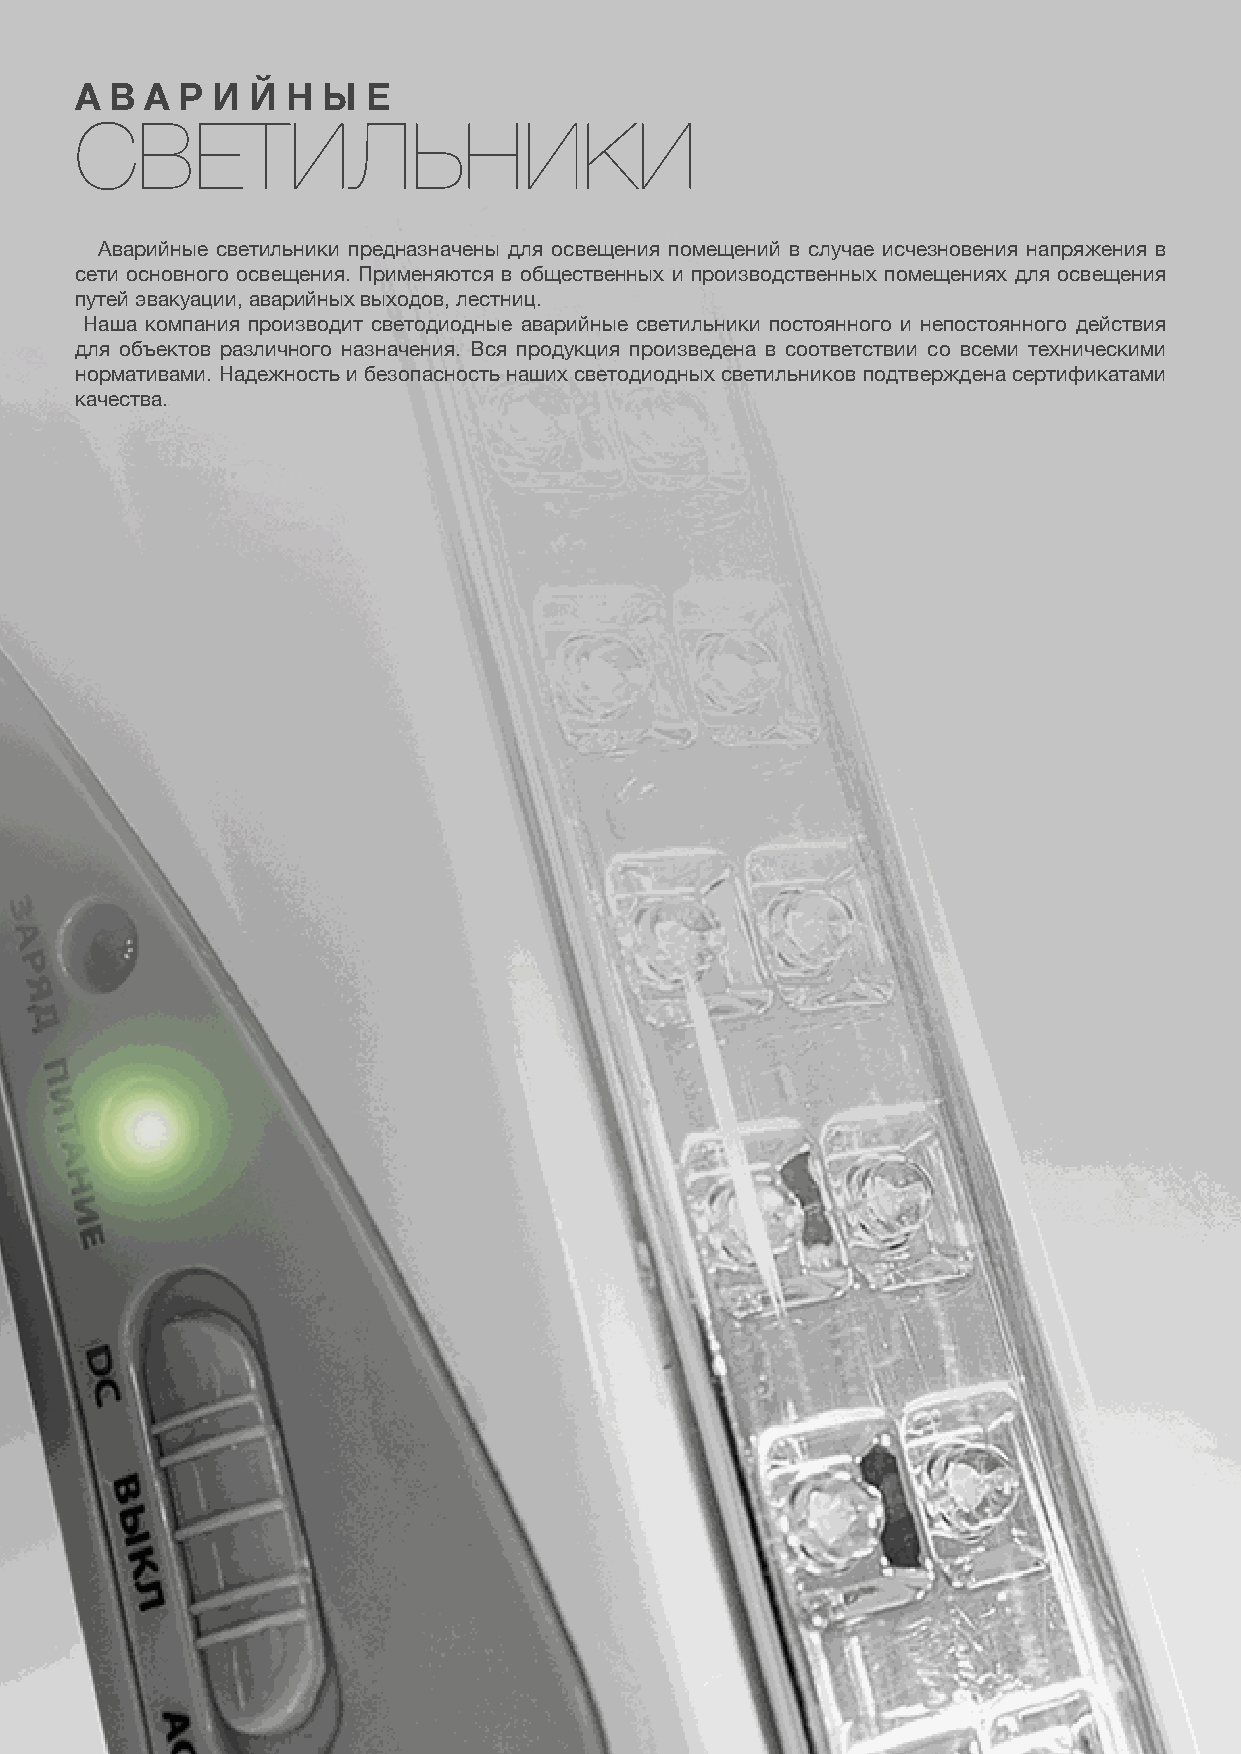
А В  А Р И Й  Н Ы  Е
 СВЕТИЛЬНИКИ
 Аварийные светильники предназначены для освещения помещений в случае исчезновения напряжения в
 сети основного освещения. Применяются в общественных и производственных помещениях для освещения
 путей эвакуации, аварийных выходов, лестниц.
 Наша компания производит светодиодные аварийные светильники постоянного и непостоянного действия
 для объектов различного назначения. Вся продукция произведена в соответствии со всеми техническими
 нормативами. Надежность и безопасность наших светодиодных светильников подтверждена сертификатами
 качества.